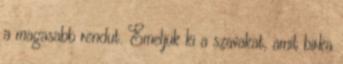
a magasabb rendut. Emeljük ki a szavakat, amit birka